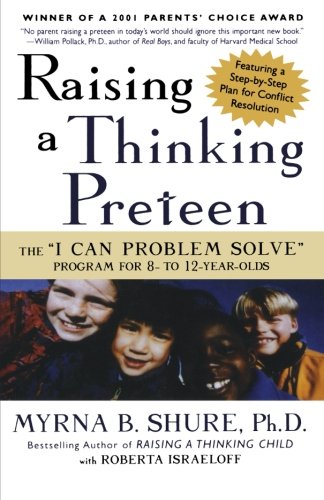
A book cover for Raising a Thinking Preteen: The "I Can Problem Solve" Program for 8- to 12- Year-Olds; Myrna B. Shure; Parenting & Relationships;